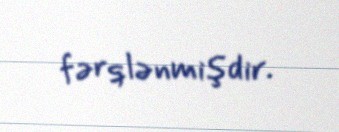
fərqlənmişdir.